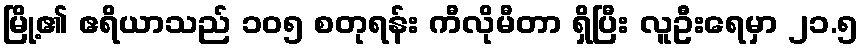
မြို့၏ ဧရိယာသည် ၁၀၅ စတုရန်း ကီလိုမီတာ ရှိပြီး လူဦးရေမှာ ၂၁.၅